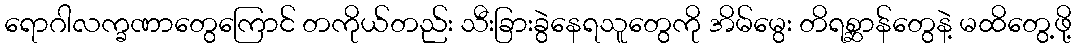
ရောဂါလက္ခဏာတွေကြောင် တကိုယ်တည်း သီးခြားခွဲနေရသူတွေကို အိမ်မွေး တိရစ္ဆာန်တွေနဲ့ မထိတွေ့ဖို့